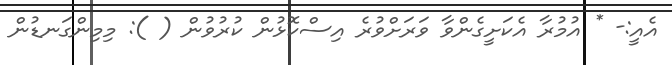
އެއީ:- * އުމުރާ އެކަށީގެންވާ ވަރަށްވުރެ އިސްކޮޅުން ކުރުވުން ( ): މިމިންގަނޑުން